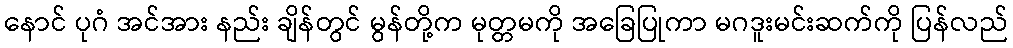
နောင် ပုဂံ အင်အား နည်း ချိန်တွင် မွန်တို့က မုတ္တမကို အခြေပြုကာ မဂဒူးမင်းဆက်ကို ပြန်လည်